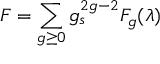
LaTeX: { \cal F } = \sum _ { g \geq 0 } g _ { s } ^ { 2 g - 2 } { \cal F } _ { g } ( \lambda )